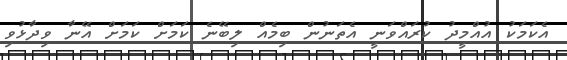
އެކަމަކު އުއްމީދު ކުރައްވަނީ އެތަނުން ބިމެއް ލިބޭނެ ކަމަށް ކަމަށް އޭނާ ވިދާޅުވި